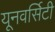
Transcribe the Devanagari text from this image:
यूनवर्सिटी